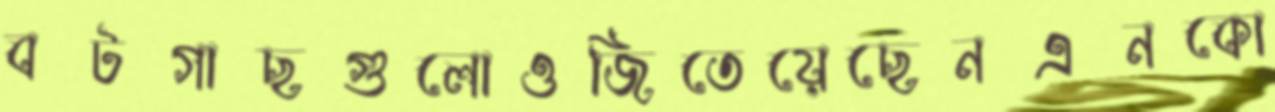
বটগাছগুলোওজিতেয়েছেনএনকো